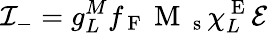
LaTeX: {\cal I}_{-}=g_{L}^{M}f_{\mathrm{~F~}}\mathrm{~M~}_{\mathrm{~s~}}\chi_{L}^{\mathrm{~E~}}{\cal E}